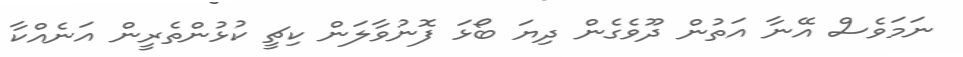
ނަމަވެސް އޭނާ އަތުން ދޫވެގެން ދިޔަ ބޯޅަ ފޮނުވާލަން ކިޗީ ކުޅުންތެރީން އަނެއްކާ